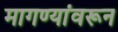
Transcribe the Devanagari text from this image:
मागण्यांवरून